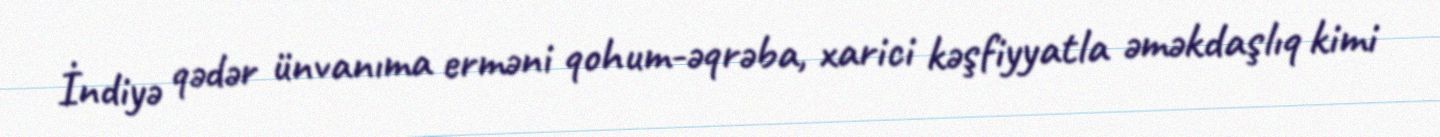
İndiyə qədər ünvanıma erməni qohum-əqrəba, xarici kəşfiyyatla əməkdaşlıq kimi